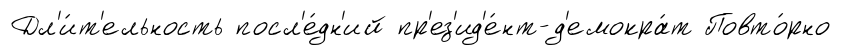
Дл'и́т'ельность посл'е́дн'ий пр'ез'ид'е́нт-д'емокра́т Повто́рно